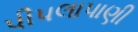
પીપલાપાણી